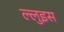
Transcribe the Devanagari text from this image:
ल्लुइस